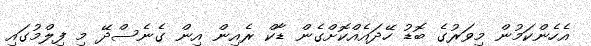
އެހެންކަމުން މިވަރުގެ ބޮޑު ހޭދައެއްކޮށްގެން ޑާކް ރެއިން އިން ގެނެސްދޭ މި ފިލްމުގައި